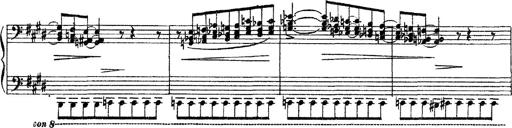
Title: 3 sonetti di Petrarca
Composer: Franz Liszt